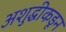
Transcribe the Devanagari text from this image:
अशुद्धीकडून